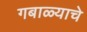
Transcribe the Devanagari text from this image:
गबाळ्याचे